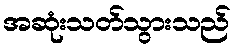
အဆုံးသတ်သွားသည်